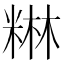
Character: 𮇥